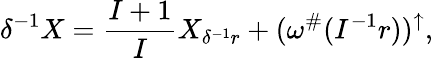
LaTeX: \delta^{-1}X=\frac{I+1}{I}X_{\delta^{-1}r}+(\omega^{\# }(I^{-1}r))^{\uparrow},